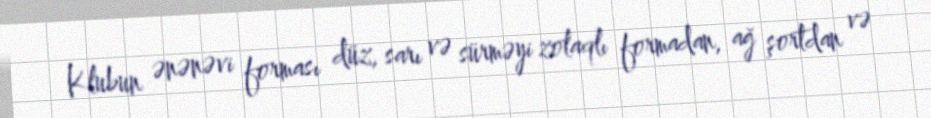
Klubun ənənəvi forması düz, sarı və sürməyi zolaqlı formadan, ağ şortdan və